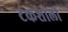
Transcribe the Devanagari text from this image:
टकशाली